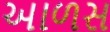
આળસ